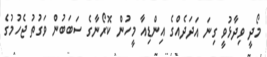
މޯދީ ވިދާޅުވީ ގިނަ އަދަދެއްގެ އިންޑިއާ މީހުން ކޮރޯނާގެ ސަބަބުން ވަގުތު ޖެހުމުގެ